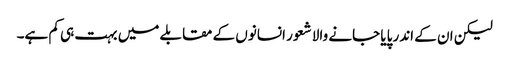
لیکن ان کے اندر پایا جانے والا شعور انسانوں کے مقابلے میں بہت ہی کم ہے۔